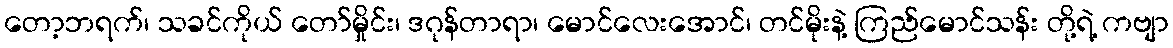
တော့ဘရက်၊ သခင်ကိုယ် တော်မှိုင်း၊ ဒဂုန်တာရာ၊ မောင်လေးအောင်၊ တင်မိုးနဲ့ ကြည်မောင်သန်း တို့ရဲ့ ကဗျာ